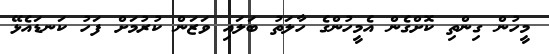
މީހުން ގިންތި ކޮށްގެން އެމީހުންގެ ހާލަތު ބަލައި ވަޒަން ކުރުމަށް ފަހު ކަނޑައެޅޭ